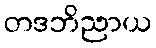
တဒဘိညာယ